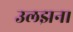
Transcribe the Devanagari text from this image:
उलझन।